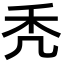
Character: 秃